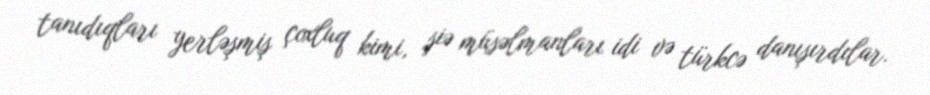
tanıdıqları yerləşmiş çoxluq kimi, şiə müsəlmanları idi və türkcə danışırdılar.